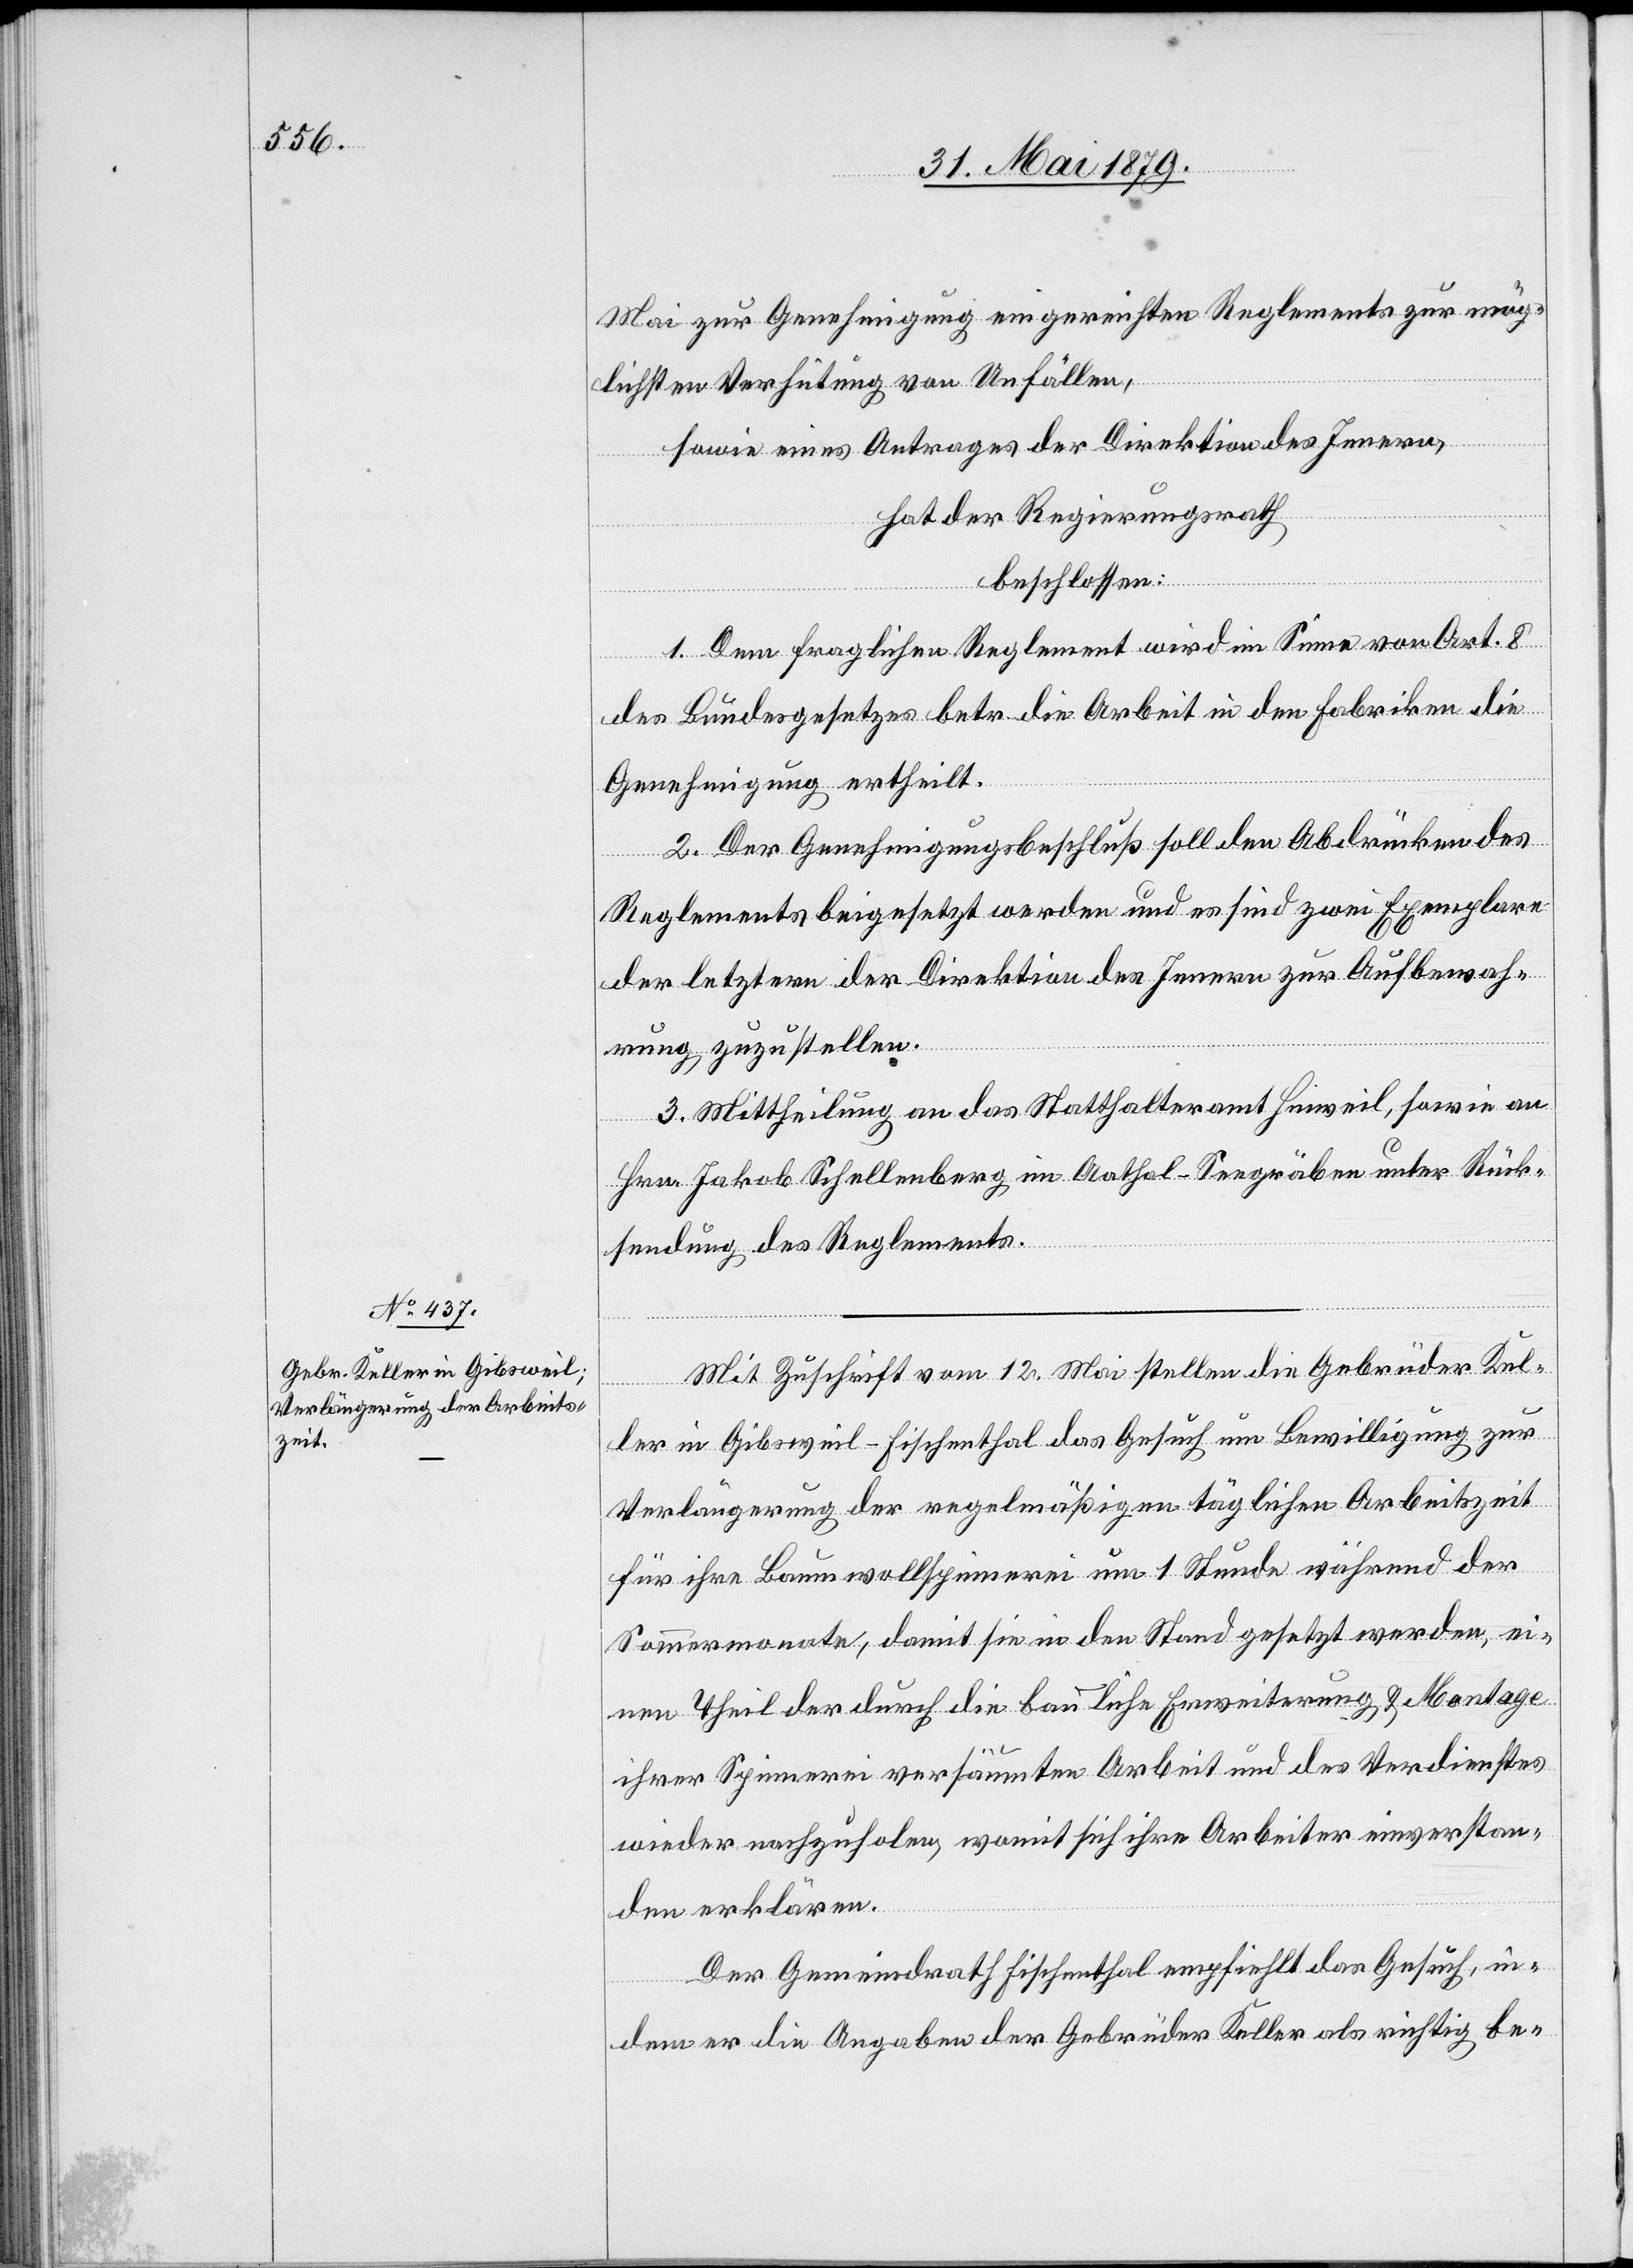
Mai zur Genehmigung eingereichten Reglements zur mög¬
lichsten Verhütung von Unfällen,
sowie eines Antrages der Direktion des Innern,
hat der Regierungsrath
beschlossen:
1. Dem fraglichen Reglement wird im Sinne von Art. 8
des Bundesgesetzes betr. die Arbeit in den Fabriken die
Genehmigung ertheilt.
2. Der Genehmigungsbeschluß soll den Abdrücken des
Reglements beigesetzt werden und es sind zwei Exemplare
der letztern der Direktion des Innern zur Aufbewah¬
rung zuzustellen.
3. Mittheilung an das Statthalteramt Hinweil, sowie an
Hrn. Jakob Schellenberg im Aathal - Seegräben unter Rück¬
sendung des Reglements.
Mit Zuschrift vom 12. Mai stellen die Gebrüder Kel¬
ler in Gibsweil - Fischenthal das Gesuch um Bewilligung zur
Verlängerung der regelmäßigen täglichen Arbeitszeit
für ihre Baumwollspinnerei um 1 Stunde während der
Sommermonate, damit sie in den Stand gesetzt werden, ei¬
nen Theil der durch die bauliche Erweiterung & Montage
ihrer Spinnerei versäumten Arbeit und des Verdienstes
wieder nachzuholen, womit sich ihre Arbeiter einverstan¬
den erklären.
Der Gemeindrath Fischenthal empfiehlt das Gesuch, in¬
dem er die Angaben der Gebrüder Keller als richtig be-